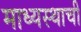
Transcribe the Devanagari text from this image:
माध्यस्थाची